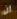
إن